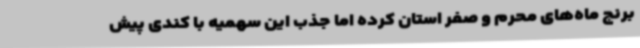
برنج ماه‌های محرم و صفر استان کرده اما جذب این سهمیه با کندی پیش